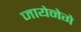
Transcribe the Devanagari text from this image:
जायेनेगे